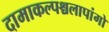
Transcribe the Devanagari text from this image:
दामाकल्पश्चलापांगो